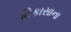
વિકાસાના